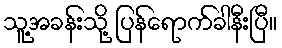
သူ့အခန်းသို့ ပြန်ရောက်ခါနီးပြီ။